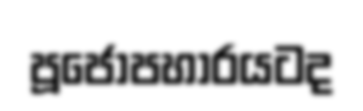
පූජෝපහාරයටද